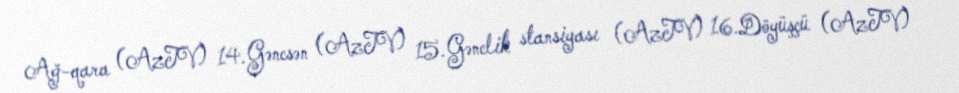
Ağ-qara (AzTV) 14.Gəncsən (AzTV) 15.Gənclik stansiyası (AzTV) 16.Döyüşçü (AzTV)